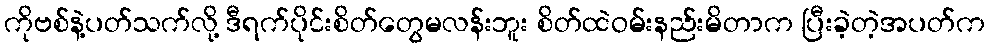
ကိုဗစ်နဲ့ပတ်သက်လို့ ဒီရက်ပိုင်းစိတ်တွေမလန်းဘူး စိတ်ထဲဝမ်းနည်းမိတာက ပြီးခဲ့တဲ့အပတ်က